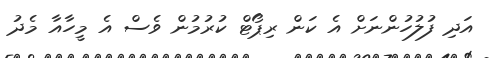
އަދި ފުލުހުންނަށް އެ ކަން ރިޕޯޓް ކުރުމުން ވެސް އެ މީހާއާ މެދު